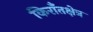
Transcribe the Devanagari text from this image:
किराँतक्षेत्र